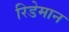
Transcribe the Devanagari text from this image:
रिडेमान